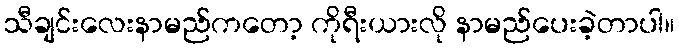
သီချင်းလေးနာမည်ကတော့ ကိုရီးယားလို နာမည်ပေးခဲ့တာပါ။